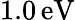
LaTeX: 1.0\, \mathrm{eV}